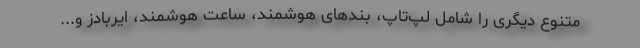
متنوع دیگری را شامل لپ‌تاپ، بند‌های هوشمند، ساعت هوشمند، ایربادز و...